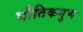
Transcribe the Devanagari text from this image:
भौतिकगुण